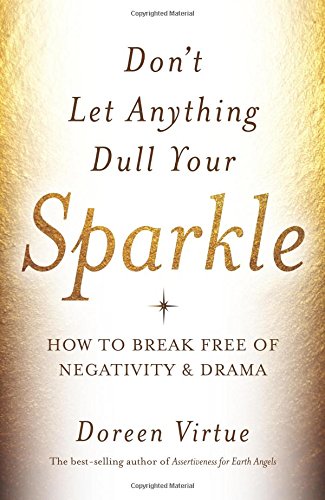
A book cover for Don't Let Anything Dull Your Sparkle: How to Break Free of Negativity and Drama; Doreen Virtue; Self-Help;